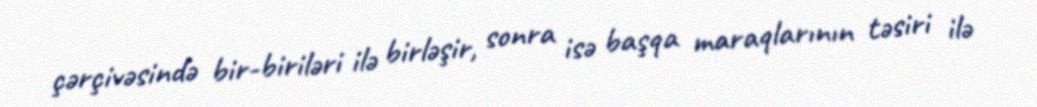
çərçivəsində bir-biriləri ilə birləşir, sonra isə başqa maraqlarının təsiri ilə